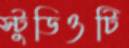
স্টুডিওটি